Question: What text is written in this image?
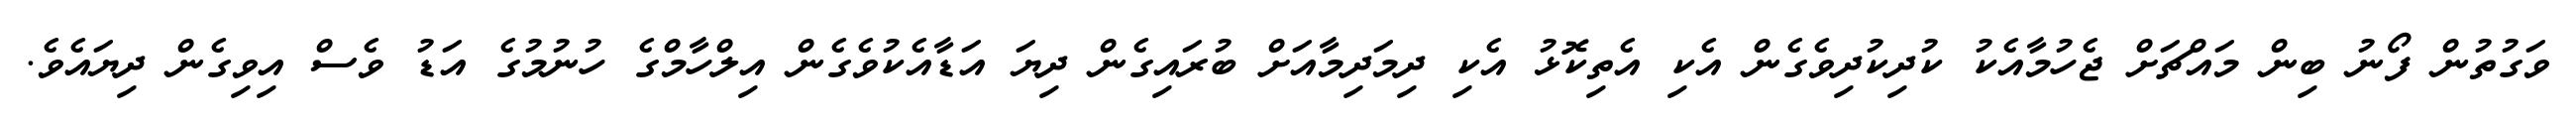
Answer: ވަގުތުން ފޯނު ބިން މައްޗަށް ޖެހުމާއެކު ކުދިކުދިވެގެން އެކި އެތިކޮޅު އެކި ދިމަދިމާއަށް ބުރައިގެން ދިޔަ އަޑާއެކުވެގެން އިލްހާމްގެ ހުނުމުގެ އަޑު ވެސް އިވިގެން ދިޔައެވެ.